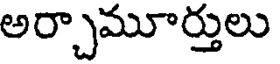
అర్చామూర్తులు